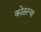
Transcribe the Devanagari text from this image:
कोठल्या